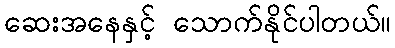
ဆေးအနေနှင့် သောက်နိုင်ပါတယ်။